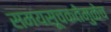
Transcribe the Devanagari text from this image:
समयसूचकतेमुळेच